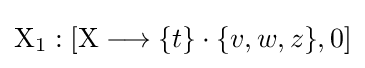
\mathrm {X} _{1}:[\mathrm {X} \longrightarrow \{t\}\cdot \{v,w,z\},0]